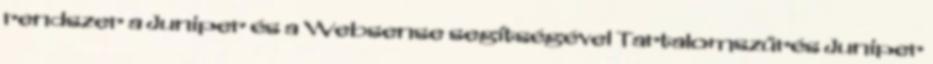
rendszer a Juniper és a Websense segítségével Tartalomszűrés Juniper